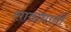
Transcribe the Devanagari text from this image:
सावाधानी